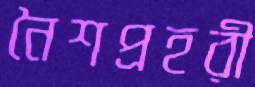
নৈশপ্রহরী